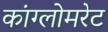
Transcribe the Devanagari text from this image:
कांग्लोमरेट